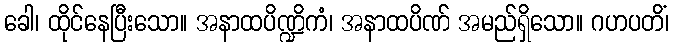
ခေါ၊ ထိုင်နေပြီးသော။ အနာထပိဏ္ဍိကံ၊ အနာထပိဏ် အမည်ရှိသော။ ဂဟပတိံ၊